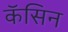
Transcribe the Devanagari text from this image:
कॅसिन